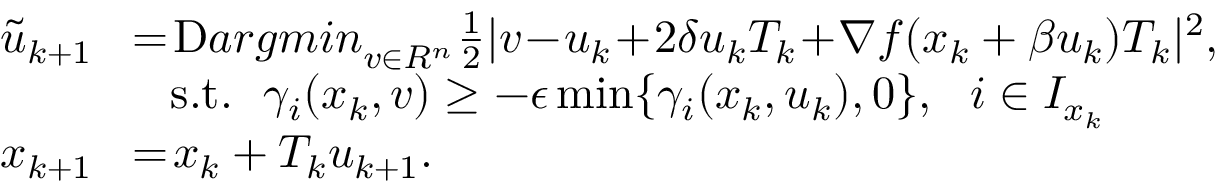
\begin{array} { r l } { \tilde { u } _ { k + 1 } } & { \! = \! \mathop { \mathrm Ḋ a r g m i n Ḍ } _ { v \in \mathbb Ḋ R Ḍ ^ { n } } \! \frac { 1 } { 2 } | v \! - \! u _ { k } \! + \! 2 \delta u _ { k } T _ { k } \! + \! \nabla f ( x _ { k } + \beta u _ { k } ) T _ { k } | ^ { 2 } , } \\ & { ~ ~ \mathrm { s . t . } ~ ~ \gamma _ { i } ( x _ { k } , v ) \geq - \epsilon \operatorname* { m i n } \{ \gamma _ { i } ( x _ { k } , u _ { k } ) , 0 \} , ~ ~ i \in I _ { x _ { k } } } \\ { x _ { k + 1 } } & { \! = \! x _ { k } + T _ { k } u _ { k + 1 } . } \end{array}